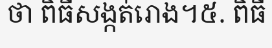
ថា ពិធីសង្កត់រោង។៥. ពិធី